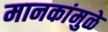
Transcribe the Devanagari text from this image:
मानकांमुळे